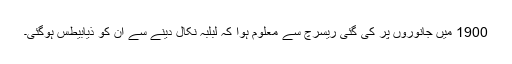
1900 میں‌ جانوروں‌ پر کی گئی ریسرچ سے معلوم ہوا کہ لبلبہ نکال دینے سے ان ‌کو ذیابیطس ہوگئی۔